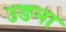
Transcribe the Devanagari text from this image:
उङना